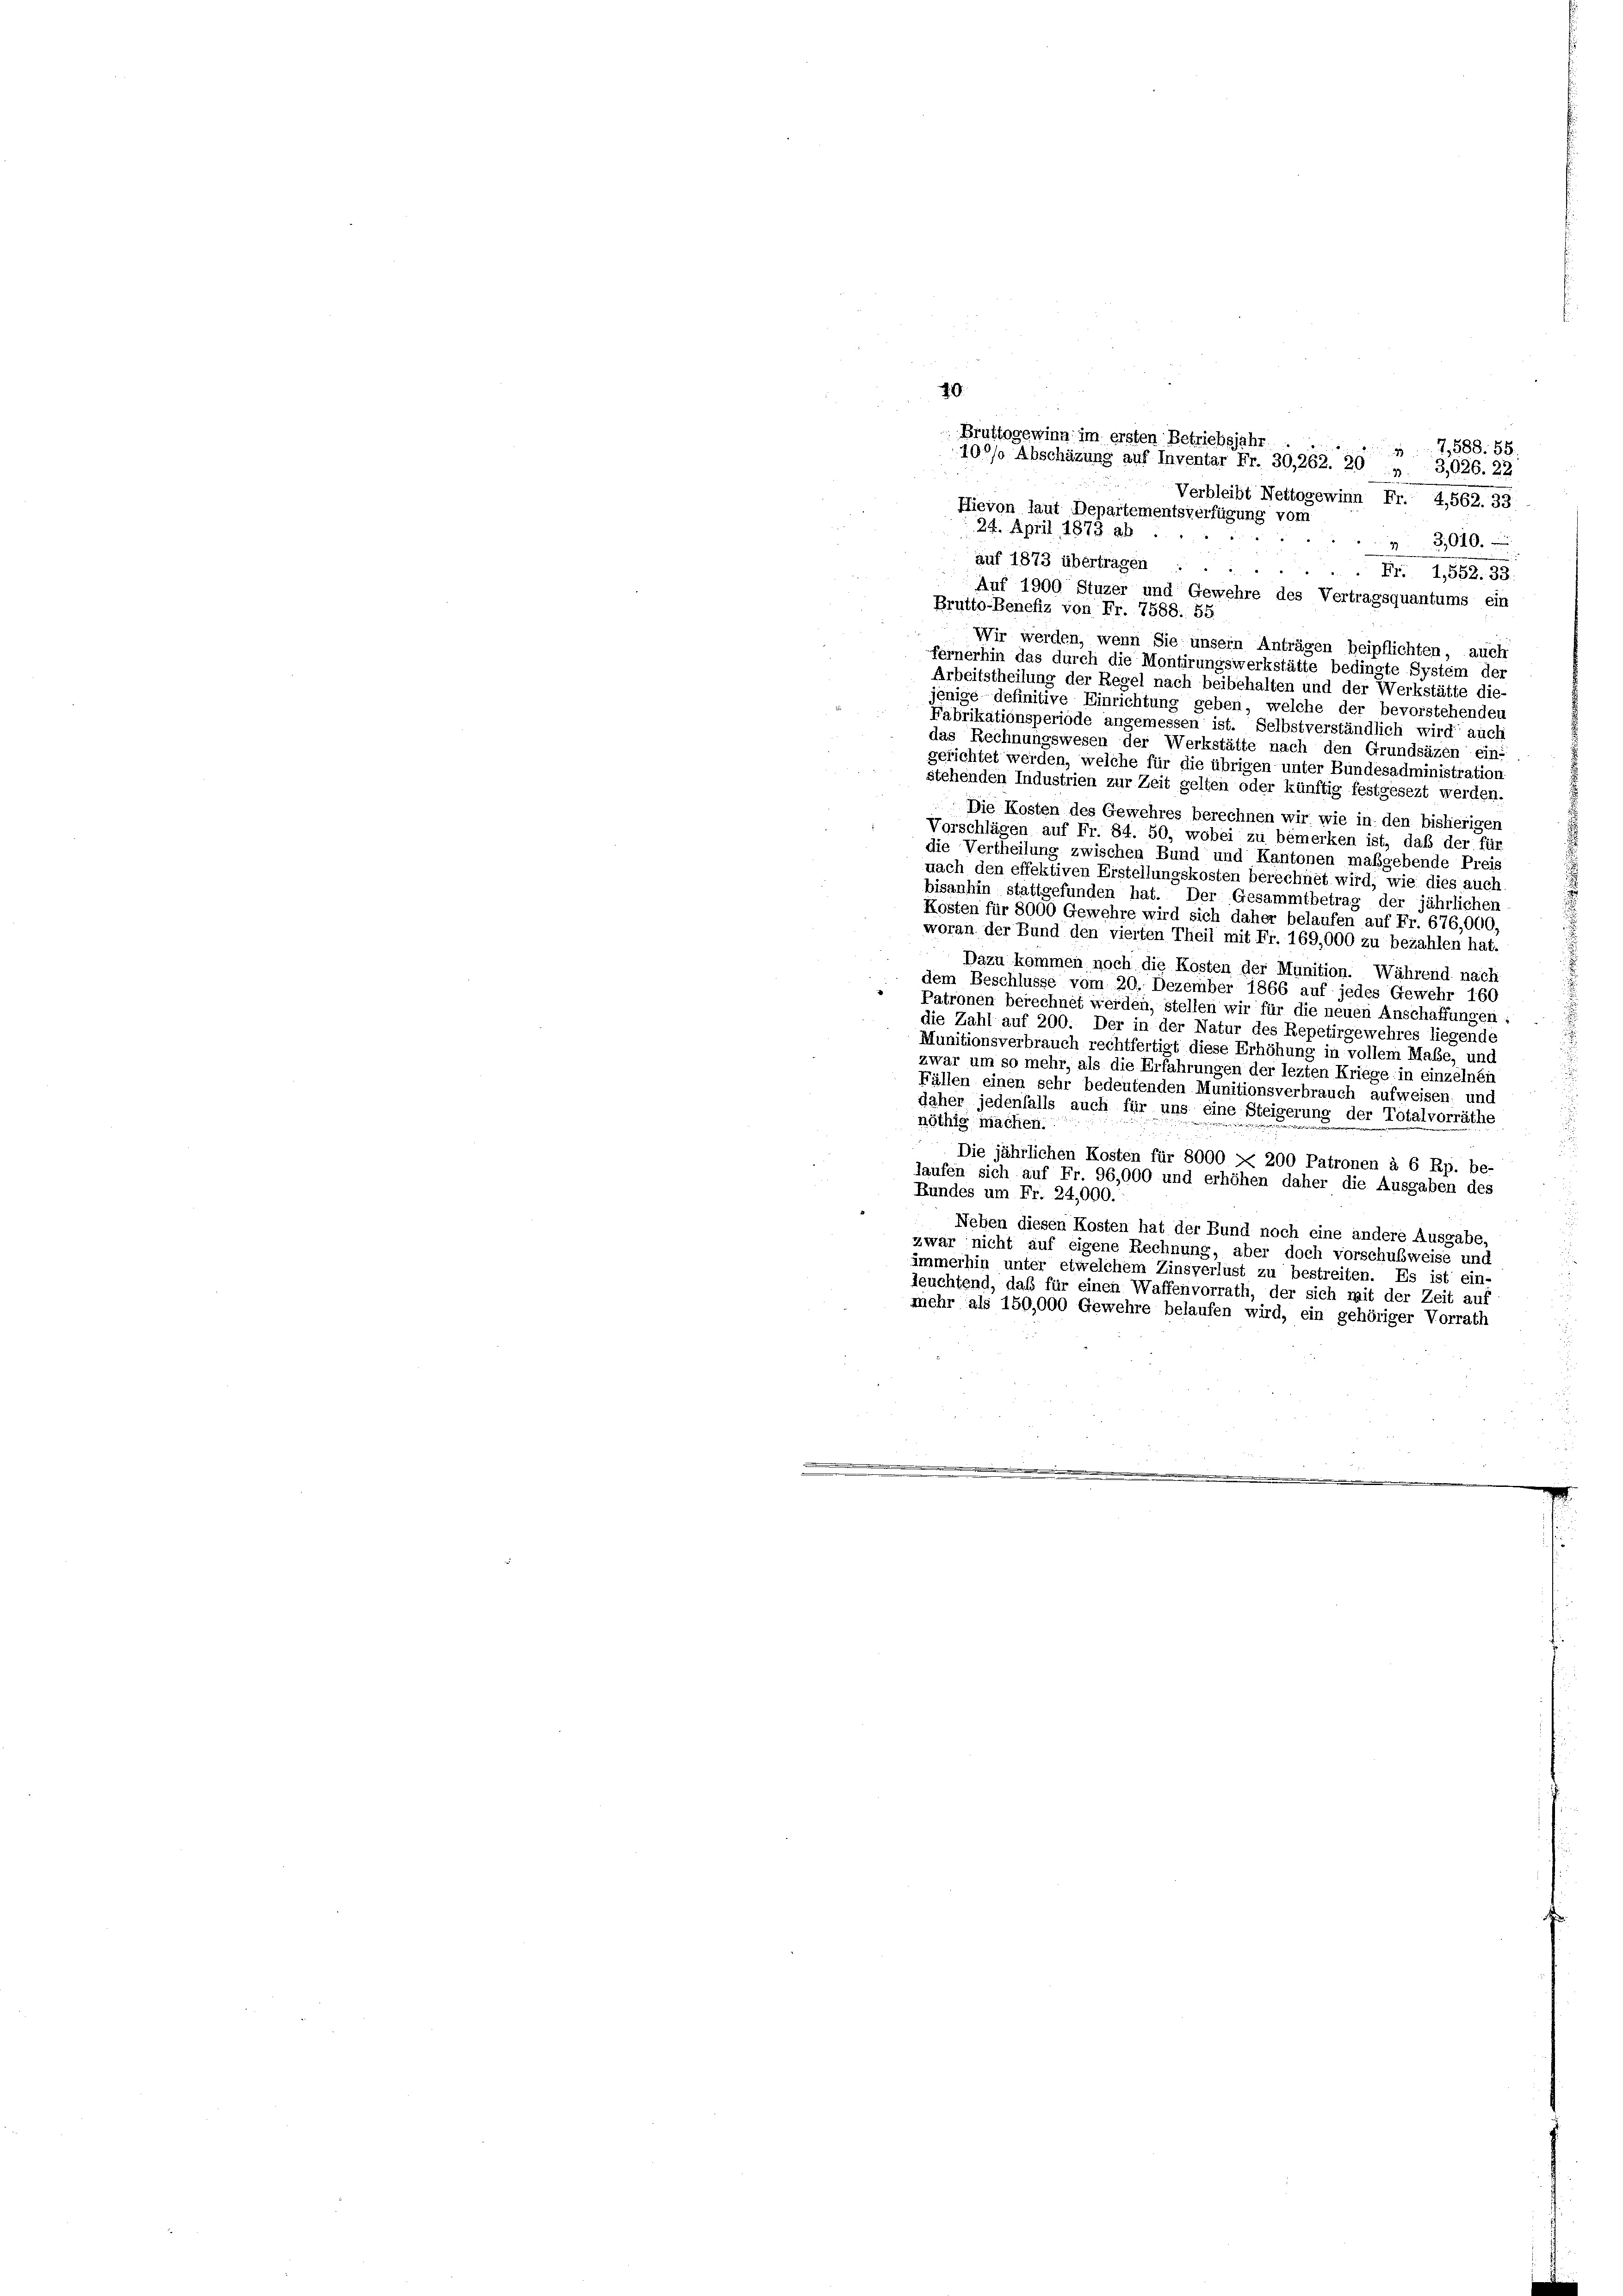
40
Bruttogewinn im ersten Betriebsjahr.

7588. 58.
10°/0 Abschüzung auf Inventar Fr. 30, 262. 20 „ 3,026. 22
Verbleibt Nettogewinn Fr. 4,562. 33
Hievon laut Departementsverfügung vom
24. April 1873 ab
3,010.
.
auf 1873 übertragen . .
Fr. 1582. 98.
Auf 1900 Stuzer und Gewehre des Vertragsquantums ein
Brutto-Benefiz von Fr. 7588. 55
Wir werden, wenn Sie unsern Anträgen beipflichten, auch
fernerhin das durch die Montirungswerkstätte bedingte System der
Arbeitstheilung der Regel nach beibehalten und der Werkstätte die-
jenige definitive Einrichtung geben, welche der bevorstehenden
Fabrikationsperiode angemessen ist. Selbstverständlich wird auch
das Rechnungswesen der Werkstätte nach den Grundsäzen ein-
gerichtet werden, welche für die übrigen unter Bundesadministration
stehenden Industrien zur Zeit gelten oder künftig festgesezt werden.
Die Kosten des Gewehres berechnen wir wie in den bisherigen
Vorschlägen auf Fr. 84. 50, wobei zu bemerken ist, daß der für
die Vertheilung zwischen Bund und Kantonen maßgebende Preis
nach den effektiven Erstellungskosten berechnet wird, wie dies auch
bisanhin stattgefunden hat. Der Gesammtbetrag der jährlichen
Kosten für 8000 Gewehre wird sich daher belaufen auf Fr. 676,000.
woran der Bund den vierten Theil mit Fr. 169,000 zu bezahlen hat.
Dazu kommen noch die Kosten der Munition. Während nach
dem Beschlüsse vom 20. Dezember 1866 auf jedes Gewehr 160
" Patronen berechnet werden, stellen wir für die neuen Anschaffungen :
die Zahl auf 200. Der in der Natur des Repetirgewehres liegende
Munitionsverbrauch rechtfertigt diese Erhöhung in vollem Maße, und
zwar um so mehr, als die Erfahrungen der lezten Kriege in einzelnen
Fällen einen sehr bedeutenden Munitionsverbrauch aufweisen; und
daher jedenfalls auch für uns eine Steigerung der Totalvorräthe
nöthig machen.
Die jährlichen Kosten für 8000 X 200 Patronen à 6 Rp. be-
laufen sich auf Fr. 96,000 und erhöhen daher die Ausgaben des
Rundes um Fr. 24,000.
Neben diesen Kosten hat der Bund noch eine andere Ausgabe,
zwar nicht auf eigene Rechnung, aber doch vorschubsweise und
immerhin unter etwelchem Zinsverlust zu bestreiten. Es ist ein-
leuchtend, daß für einen Waffenvorrath, der sich mit der Zeit auf
mehr als 150,000 Gewehre belaufen wird, ein gehöriger Vorrath